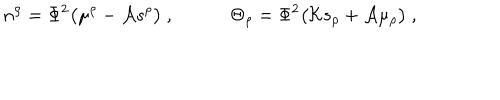
n ^ { \rho } = \Phi ^ { 2 } \big ( \mu ^ { \rho } - { \cal A } s ^ { \rho } \big ) \ , \qquad \quad \Theta _ { \rho } = \Phi ^ { 2 } \big ( { \cal K } s _ { \rho } + { \cal A } \mu _ { \rho } \big ) \ ,